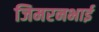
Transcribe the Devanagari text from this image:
जिमरनभाई